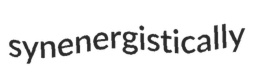
synenergistically